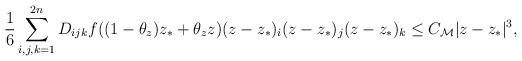
LaTeX: \begin{align*} \frac{1}{6} \sum \limits _{i,j,k=1}^{2n} D_{ijk} f((1-\theta _z) z_*+\theta _z z)(z-z_*)_i(z-z_*)_j(z-z_*)_k \leq C_\mathcal{M} |z-z_*|^3,\end{align*}